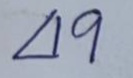
49